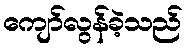
ကျော်လွန်ခဲ့သည်